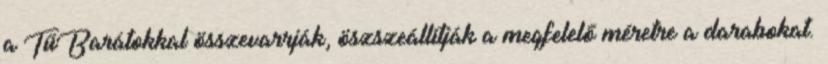
a TűBarátokkal összevarrják, öszszeállítják a megfelelő méretre a darabokat.